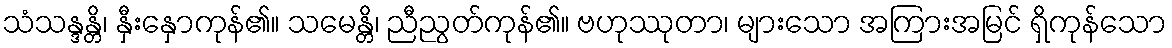
သံသန္ဒန္တိ၊ နှီးနှောကုန်၏။ သမေန္တိ၊ ညီညွတ်ကုန်၏။ ဗဟုဿုတာ၊ များသော အကြားအမြင် ရှိကုန်သော